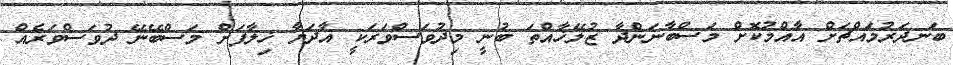
ބަނދަރުމައްޗަށް އާއްމުކޮށް މަސްބާނަންދާ ޒުލޭޚާއްތަ ބުނީ މިދުވަސްވަރަކީ އާދަޔާ ޚިލާފަށް މަސްބޭނޭ ދުވަސްވަރެއް